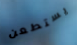
يستطعن